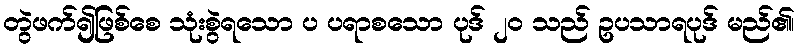
တွဲဖက်၍ဖြစ်စေ သုံးစွဲရသော ပ ပရာစသော ပုဒ် ၂၀ သည် ဥပသာရပုဒ် မည်၏၊